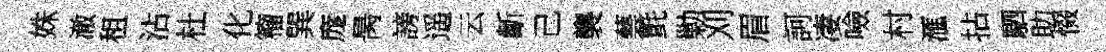
姝澈租沾杜化籕巽庬昺謗遥云齗己襲藝氈勦刈眉訶凄噞村滙拈駟助惙